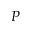
P